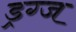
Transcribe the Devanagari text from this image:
ड्रग्ज